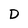
Character: D